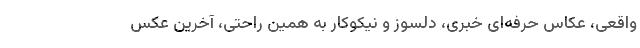
واقعی، عکاس حرفه‌ای خبری، دلسوز و نیکوکار به همین راحتی، آخرین عکس